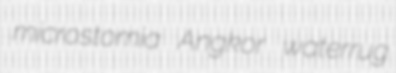
microstomia Angkor waterrug